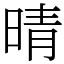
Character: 晴